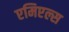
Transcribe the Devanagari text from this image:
एमिएल्स